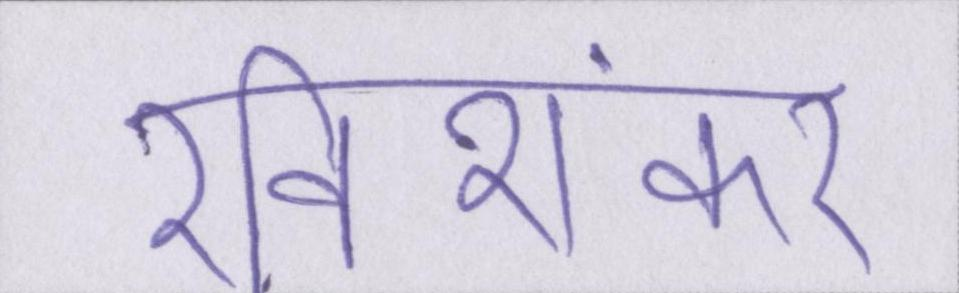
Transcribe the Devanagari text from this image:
रविशंकर